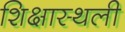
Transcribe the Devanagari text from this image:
शिक्षास्थली